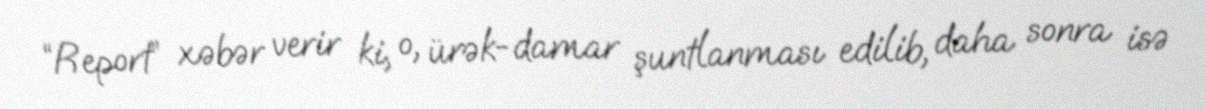
“Report” xəbər verir ki, o, ürək-damar şuntlanması edilib, daha sonra isə